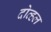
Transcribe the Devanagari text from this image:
दोव्हल